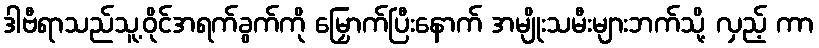
ဒါဗီရာသည်သူ့ဝိုင်အရက်ခွက်ကို မြှောက်ပြီးနောက် အမျိုးသမီးများဘက်သို့ လှည့် ကာ